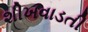
શીખવાડતી